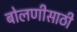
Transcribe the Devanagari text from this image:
बोलणीसाठी